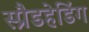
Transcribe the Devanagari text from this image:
स्प्रैडहेडिंग